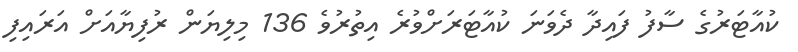
ކުއާޓަރުގެ ސާފު ފައިދާ ދެވަނަ ކުއާޓަރަށްވުރެ އިތުރުވެ 136 މިލިޔަން ރުފިޔާއަށް އަރައިފި